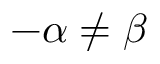
- \alpha \neq \beta